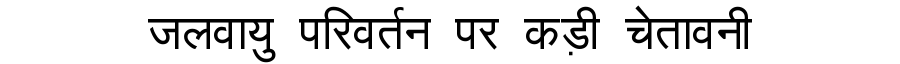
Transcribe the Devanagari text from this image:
जलवायु परिवर्तन पर कड़ी चेतावनी